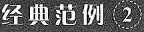
经典范例②